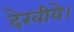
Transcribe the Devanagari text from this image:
देखीये।